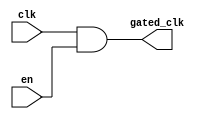
module clock_gating (
    input wire clk,        // Main clock signal
    input wire en,         // Enable signal to control the gated clock
    output wire gated_clk   // Gated clock signal output
);

// Generate the gated clock signal using an AND gate
assign gated_clk = clk & en;

endmodule